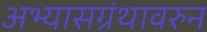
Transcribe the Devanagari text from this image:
अभ्यासग्रंथावरुन